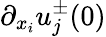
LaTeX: \partial_{x_{i}}u_{j}^{\pm}(0)